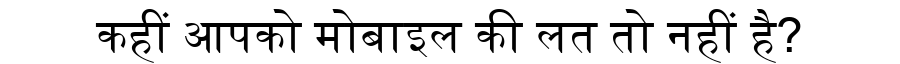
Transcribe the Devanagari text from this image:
कहीं आपको मोबाइल की लत तो नहीं है?